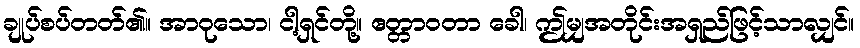
ချုပ်စပ်တတ်၏။ အာဝုသော၊ ငါ့ရှင်တို့။ ဧတ္တာဝတာ ခေါ၊ ဤမျှအတိုင်းအရှည်ဖြင့်သာလျှင်။